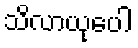
သိလာယုပေါ